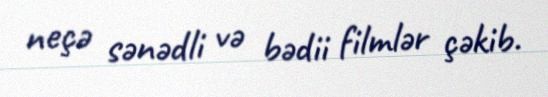
neçə sənədli və bədii filmlər çəkib.